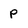
Character: p